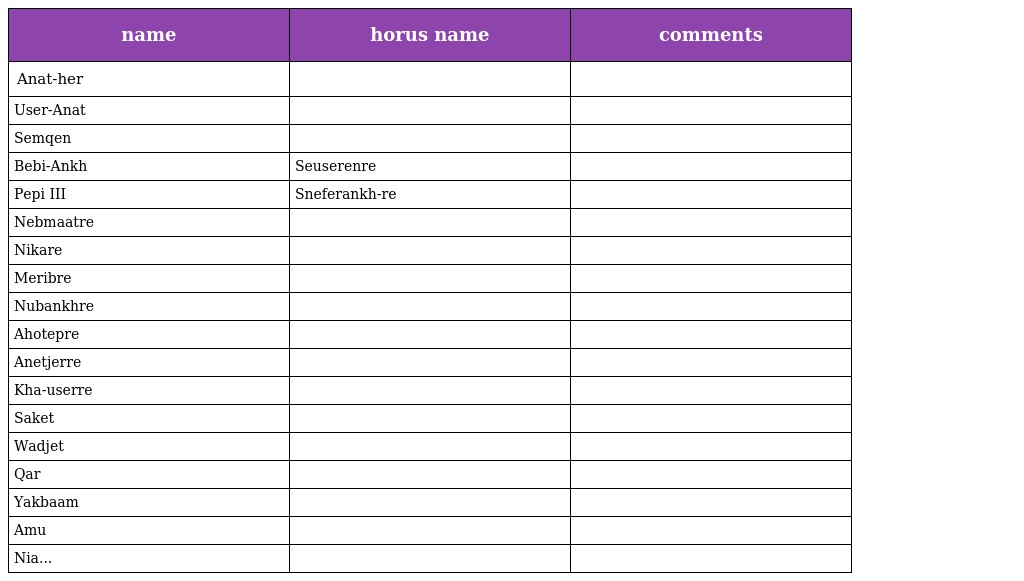
| name | horus name | comments |
 | --- | --- | --- |
 | Anat-her |  |  |
 | User-Anat |  |  |
 | Semqen |  |  |
 | Bebi-Ankh | Seuserenre |  |
 | Pepi III | Sneferankh-re |  |
 | Nebmaatre |  |  |
 | Nikare |  |  |
 | Meribre |  |  |
 | Nubankhre |  |  |
 | Ahotepre |  |  |
 | Anetjerre |  |  |
 | Kha-userre |  |  |
 | Saket |  |  |
 | Wadjet |  |  |
 | Qar |  |  |
 | Yakbaam |  |  |
 | Amu |  |  |
 | Nia... |  |  |